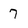
Character: 7